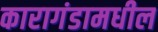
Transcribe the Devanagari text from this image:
कारागंडामधील